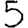
Digit: 5